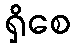
ရှိစေ